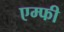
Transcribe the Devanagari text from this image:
एम्फी